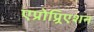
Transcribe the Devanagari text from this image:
एप्रोप्र्रिएशन